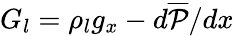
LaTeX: G_{l}=\rho_{l}g_{x}-d\overline{{\mathcal{P}}}/dx